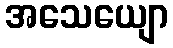
အသေယျော